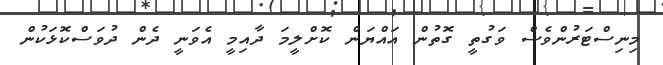
މިނިސްޓަރުންވެސް ވަގުތީ ގޮތުން އައްޔަން ކޮށްލީމަ ދާއިމީ އެވަނީ ދެން ދުވަސްކޮޅަކުން